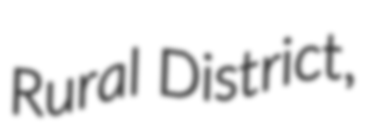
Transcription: Rural District,